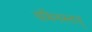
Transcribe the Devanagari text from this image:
यमिनस्तत्